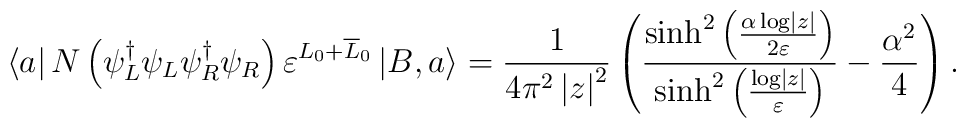
\left\langle a\right| N\left( \psi _{L}^{\dagger }\psi _{L}\psi_{R}^{\dagger }\psi _{R}\right) \varepsilon ^{L_{0}+\overline{L}_{0}}\left|B,a\right\rangle =\frac{1}{4\pi ^{2}\left| z\right| ^{2}}\left( \frac{\sinh^{2}\left( \frac{\alpha \log \left| z\right| }{2\varepsilon }\right) }{\sinh^{2}\left( \frac{\log \left| z\right| }{\varepsilon }\right) }-\frac{\alpha^{2}}{4}\right) .